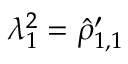
\lambda _ { 1 } ^ { 2 } = \hat { \rho } _ { 1 , 1 } ^ { \prime }